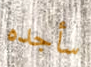
سأجده